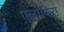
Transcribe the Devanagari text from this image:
एलोविरा